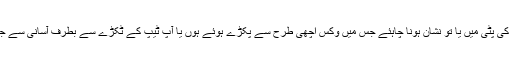
لکڑی کی پٹی میں یا تو نشان ہونا چاہئے جس میں وکس اچھی طرح سے پکڑے ہوئے ہوں یا آپ ٹیپ کے ٹکڑے سے بطرف آسانی سے جوڑیں۔